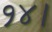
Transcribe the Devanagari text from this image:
१४।